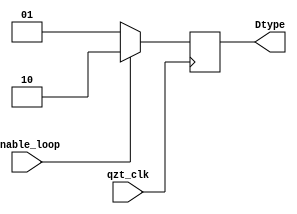
module Module_SelectDispType				(	qzt_clk,
														enable_loop,
																		
														Dtype);

input				qzt_clk;
input				enable_loop;

output [1:0]	Dtype;

reg [1:0]		Dtype;


always @(posedge qzt_clk) begin

		if (enable_loop) Dtype=2'b10;
		if (!enable_loop) Dtype=2'b01;
		
end


endmodule